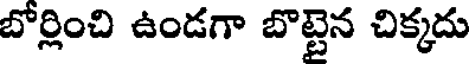
బోర్లించి ఉండగా బొట్టెన చిక్కదు